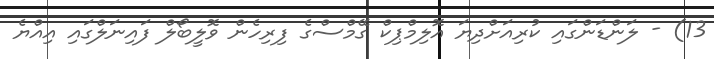
13) - ލަންޑަންގައި ކުރިއަށްދިޔަ އޮލިމްޕިކް ގޭމްސްގެ ފިރިހެން ވޮލީބޯލް ފައިނަލްގައި އިއްޔެ